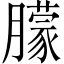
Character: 朦